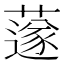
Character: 𦼯